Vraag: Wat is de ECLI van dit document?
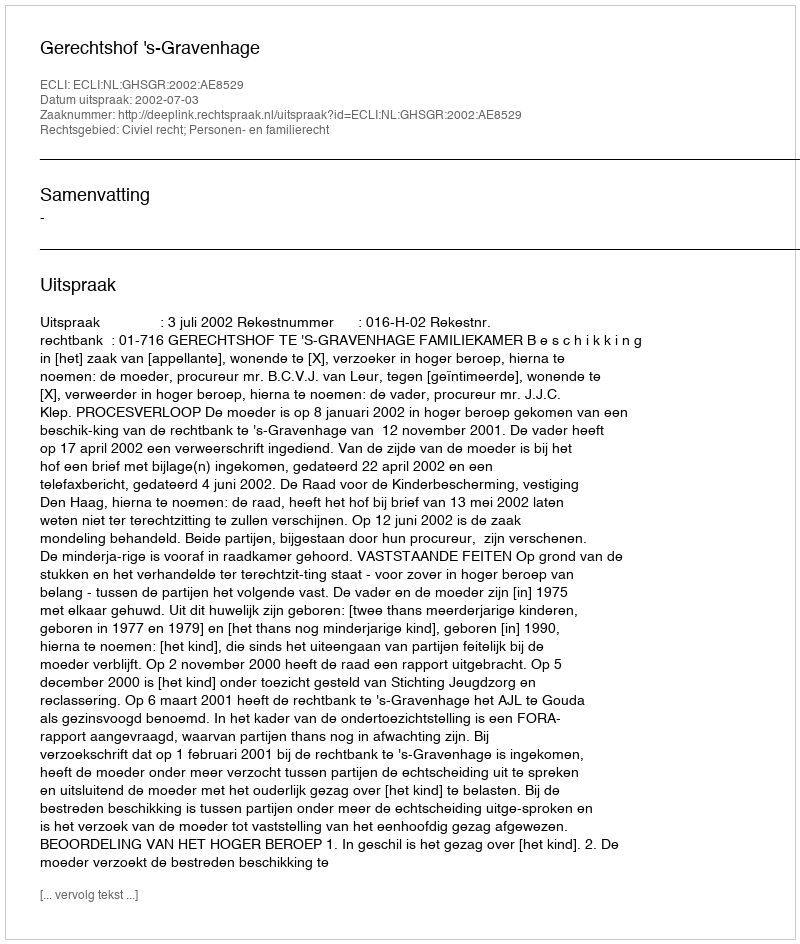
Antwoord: ECLI:NL:GHSGR:2002:AE8529